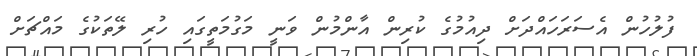
ފުލުހުން އެސަރަހައްދަށް ދިއުމުގެ ކުރިން އާންމުން ވަނީ މަގުމަތީގައި ހުރި ލޭތަކުގެ މައްޗަށް